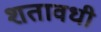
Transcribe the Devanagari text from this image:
शतावधी